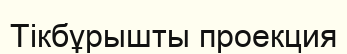
Тікбұрышты проекция